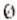
0